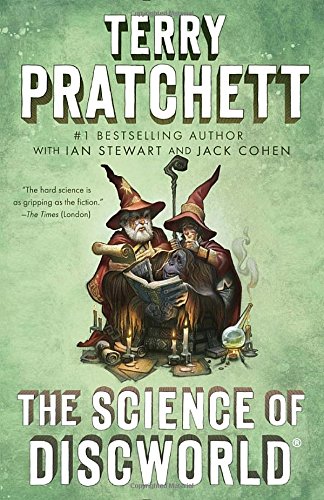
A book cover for The Science of Discworld: A Novel; Terry Pratchett; Science Fiction & Fantasy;